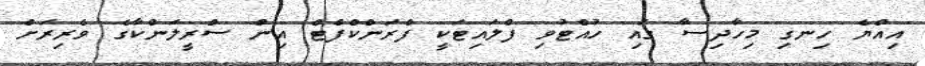
އިއްޔެ ހިނގި މިހާދިސާ ގައި ހުއްޓުވި ފްލައިޓަކީ ފްރަންކްފްޓް އިން ސްރީލަންކާގެ ވެރިރަށް